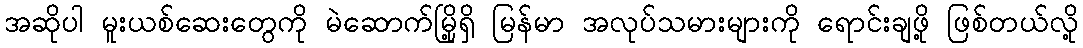
အဆိုပါ မူးယစ်ဆေးတွေကို မဲဆောက်မြို့ရှိ မြန်မာ အလုပ်သမားများကို ရောင်းချဖို့ ဖြစ်တယ်လို့